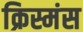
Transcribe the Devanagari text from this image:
क्रिस्मंस